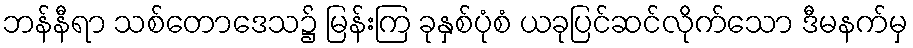
ဘန်နီရာ သစ်တောဒေသ၌ မြန်းကြ ခုနှစ်ပုံစံ ယခုပြင်ဆင်လိုက်သော ဒီမနက်မှ